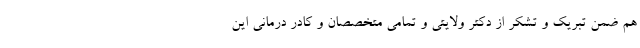
هم ضمن تبریک و تشکر از دکتر ولایتی و تمامی متخصصان و کادر درمانی این